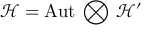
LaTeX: \mathcal { H } = \mathrm { A u t } \, \bigotimes \, \mathcal { H } ^ { \prime }